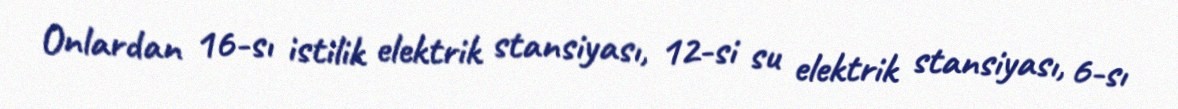
Onlardan 16-sı istilik elektrik stansiyası, 12-si su elektrik stansiyası, 6-sı